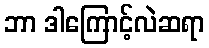
ဘာ ဒါကြောင့်လဲဆရာ